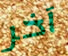
آخر